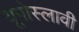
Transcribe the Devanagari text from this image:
यूगोस्लावी